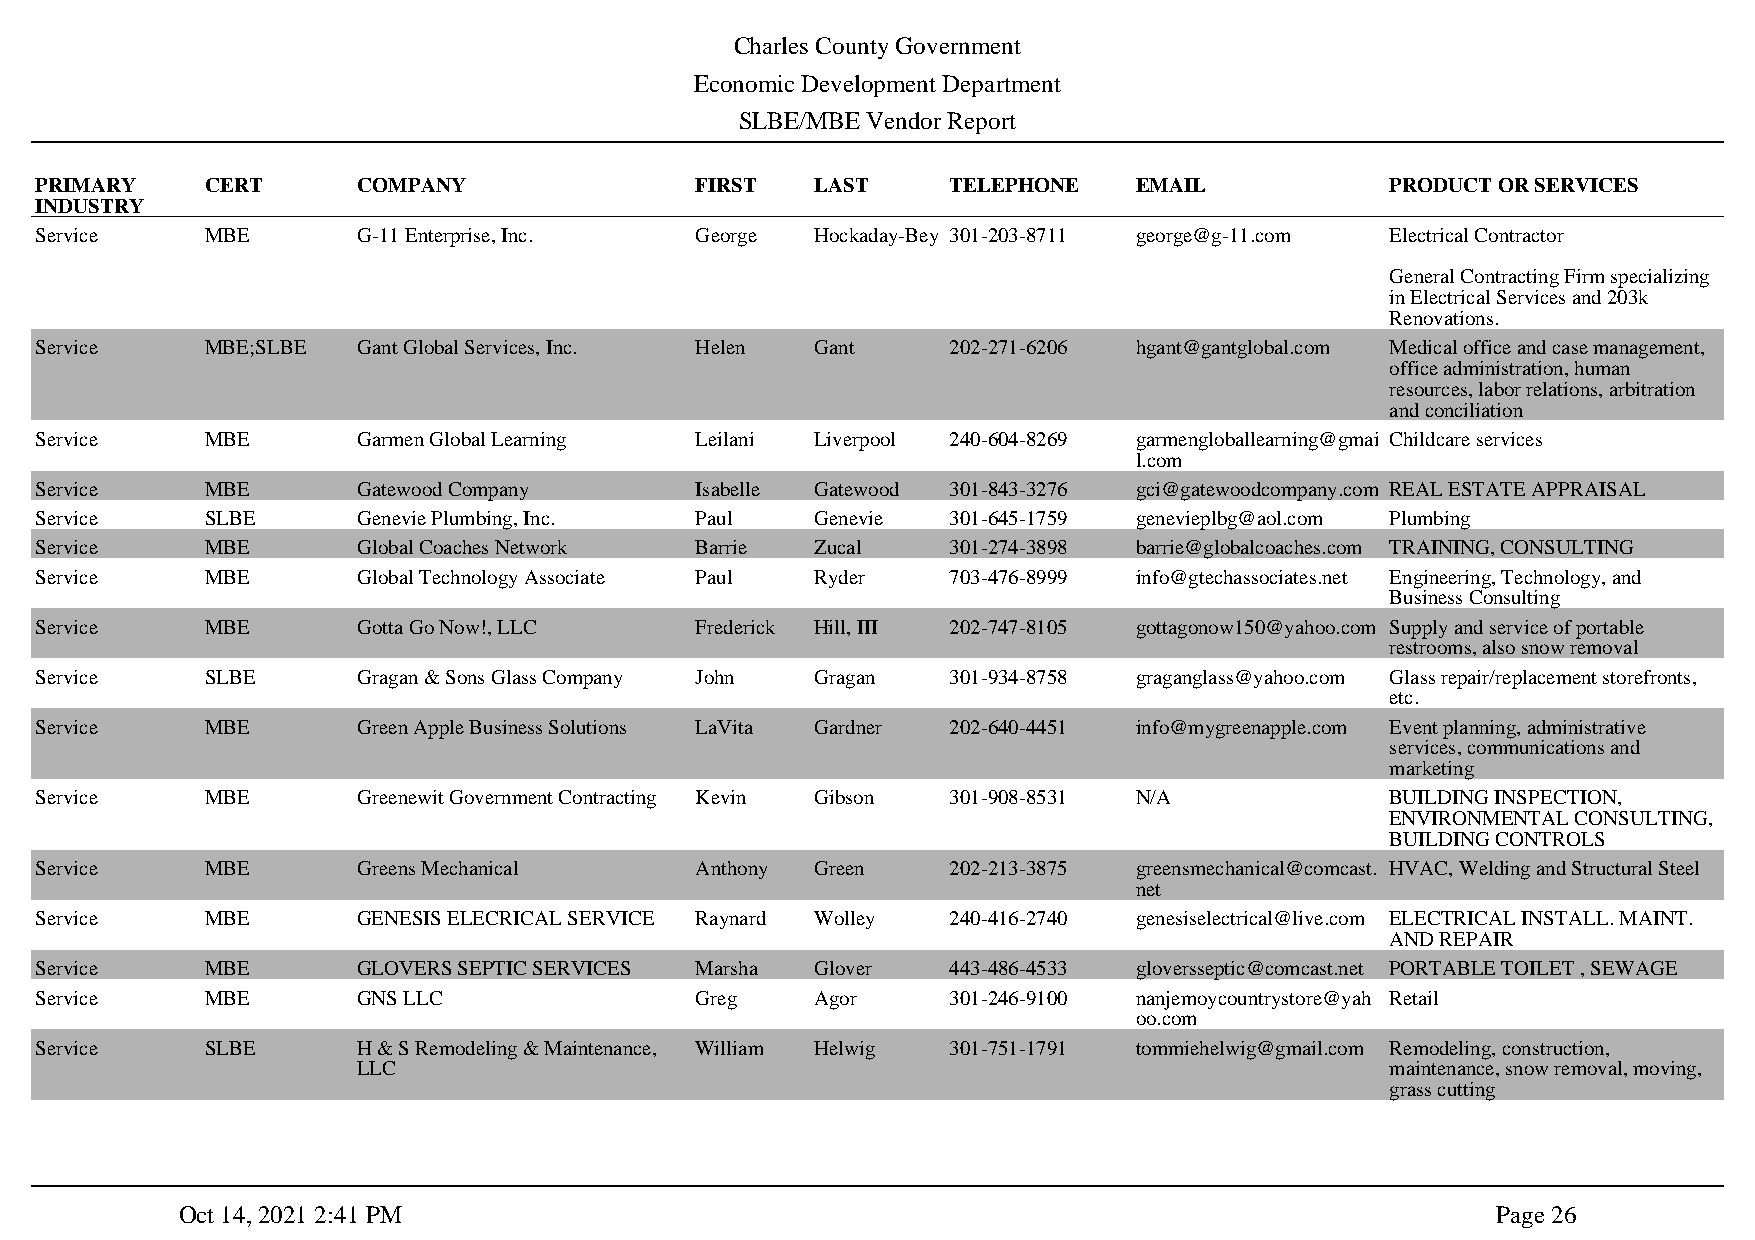
Charles County Government
 Economic Development Department
 SLBE/MBE Vendor Report
 PRIMARY     CERT      COMPANY               FIRST   LAST     TELEPHONE   EMAIL            PRODUCT OR SERVICES
 INDUSTRY
 Service     MBE       G-11 Enterprise, Inc. George  Hockaday-Bey 301-203-8711 george@g-11.com Electrical Contractor
 General Contracting Firm specializing
 in Electrical Services and 203k
 Renovations.
 Service     MBE;SLBE  Gant Global Services, Inc. Helen Gant  202-271-6206 hgant@gantglobal.com Medical office and case management,
 office administration, human
 resources, labor relations, arbitration
 and conciliation
 Service     MBE       Garmen Global Learning Leilani Liverpool 240-604-8269 garmengloballearning@gmai Childcare services
 l.com
 Service     MBE       Gatewood Company      Isabelle Gatewood 301-843-3276 gci@gatewoodcompany.com REAL ESTATE APPRAISAL
 Service     SLBE      Genevie Plumbing, Inc. Paul   Genevie  301-645-1759 genevieplbg@aol.com Plumbing
 Service     MBE       Global Coaches Network Barrie Zucal    301-274-3898 barrie@globalcoaches.com TRAINING, CONSULTING
 Service     MBE       Global Technology Associate Paul Ryder 703-476-8999 info@gtechassociates.net Engineering, Technology, and
 Business Consulting
 Service     MBE       Gotta Go Now!, LLC    Frederick Hill, III 202-747-8105 gottagonow150@yahoo.com Supply and service of portable
 restrooms, also snow removal
 Service     SLBE      Gragan & Sons Glass Company John Gragan 301-934-8758 graganglass@yahoo.com Glass repair/replacement storefronts,
 etc.
 Service     MBE       Green Apple Business Solutions LaVita Gardner 202-640-4451 info@mygreenapple.com Event planning, administrative
 services, communications and
 marketing
 Service     MBE       Greenewit Government Contracting Kevin Gibson 301-908-8531 N/A      BUILDING INSPECTION,
 ENVIRONMENTAL CONSULTING,
 BUILDING CONTROLS
 Service     MBE       Greens Mechanical     Anthony Green    202-213-3875 greensmechanical@comcast. HVAC, Welding and Structural Steel
 net
 Service     MBE       GENESIS ELECRICAL SERVICE Raynard Wolley 240-416-2740 genesiselectrical@live.com ELECTRICAL INSTALL. MAINT.
 AND REPAIR
 Service     MBE       GLOVERS SEPTIC SERVICES Marsha Glover  443-486-4533 gloversseptic@comcast.net PORTABLE TOILET , SEWAGE
 Service     MBE       GNS LLC               Greg    Agor     301-246-9100 nanjemoycountrystore@yah Retail
 oo.com
 Service     SLBE      H & S Remodeling & Maintenance, William Helwig 301-751-1791 tommiehelwig@gmail.com Remodeling, construction,
 LLC                                                                 maintenance, snow removal, moving,
 grass cutting
 Oct 14, 2021 2:41 PM                                                                   Page 26